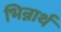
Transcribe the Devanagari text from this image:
भिन्नार्थ